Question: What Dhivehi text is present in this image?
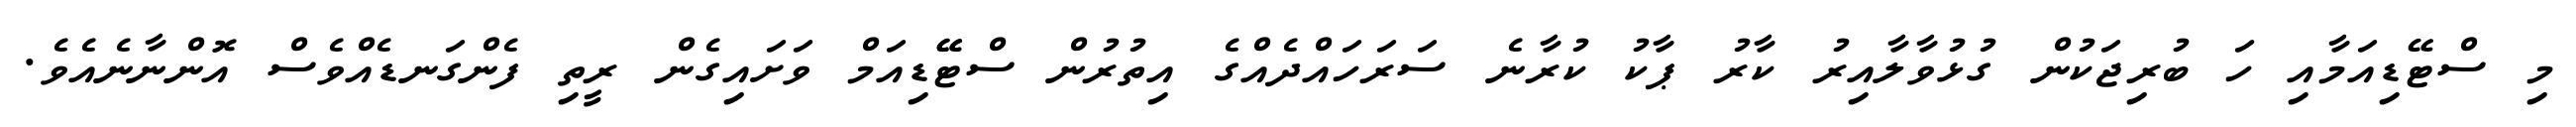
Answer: މި ސްޓޭޑިއަމާއި ހަ ބުރިޖަކުން ގުޅުވާލާއިރު ކާރު ޕާކު ކުރާނެ ސަރަހައްދެއްގެ އިތުރުން ސްޓޭޭޑިއަމް ވަށައިގެން ރީތި ފެންގަނޑެއްވެސް އޮންނާނެއެވެ.